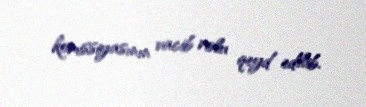
komissiyasının vacib rolu qeyd edilib.